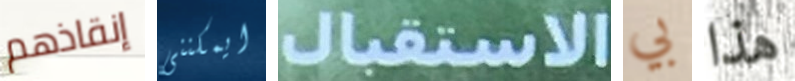
إنقاذهم ايمكننى الاستقبال بي هذا